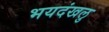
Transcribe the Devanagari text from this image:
भयदंखलु